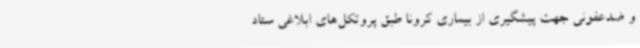
و ضدعفونی جهت پیشگیری از بیماری کرونا طبق پروتکل‌های ابلاغی ستاد